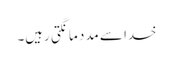
خدا سے مدد مانگتی رہیں۔